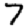
Digit: 7